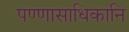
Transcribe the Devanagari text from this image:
पण्णासाधिकानि